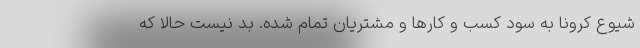
شیوع کرونا به سود کسب و کارها و مشتریان تمام شده. بد نیست حالا که